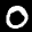
Label: 0